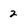
Character: 2